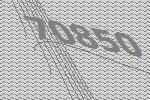
70850